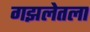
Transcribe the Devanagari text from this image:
गझलेतला